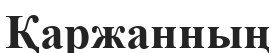
Қаржанның